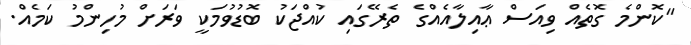
"ކޮންމެ ގޮތެއް ވިއަސް ޢާއިލާއެއްގެ ތެރޭގައި ކުއްޖަކު ބޮޑުވުމަކީ ވަރަށް މުހިންމު ކަމެއް.